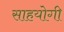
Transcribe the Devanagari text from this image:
साहयोगी